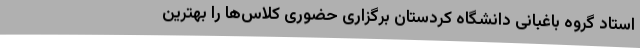
استاد گروه باغبانی دانشگاه کردستان برگزاری حضوری کلاس‌ها را بهترین